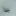
يا